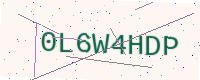
Text: 0L6W4HDP